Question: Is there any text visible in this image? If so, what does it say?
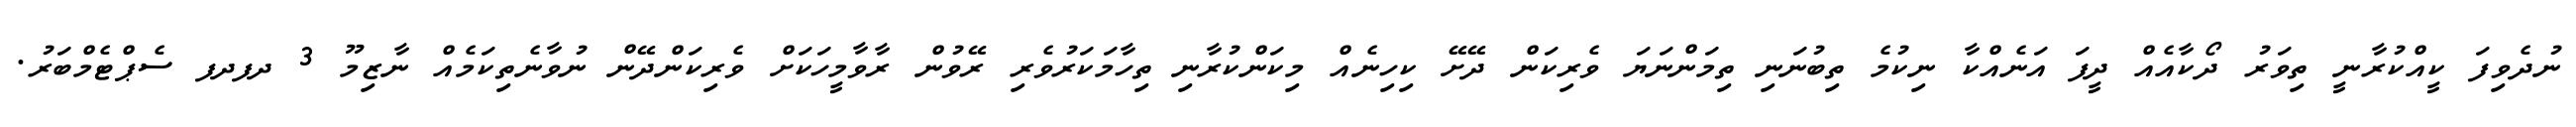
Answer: ނުދެވިފަ ކީއްކުރާނީ ތިވަރު ދޯކާއެއް ދީފަ އަނެއްކާ ނިކުމެ ތިބުނަނި ތިމަންނަޔަ ވެރިކަން ދޭށޭ ކިހިނެއް މިކަންކުރާނި ތިހާމަކަރުވެރި ރޭވުން ރާވާމީހަކަށް ވެރިކަންދޭން ނުވާނެތިކަމެއް ނާޒިމޫ 3 ދފދފ ސެޕްޓެމްބަރު.